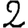
Digit: 2